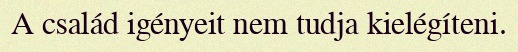
A család igényeit nem tudja kielégíteni.